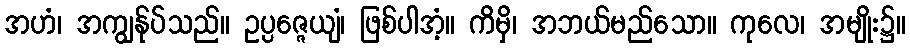
အဟံ၊ အကျွန်ုပ်သည်။ ဥပ္ပဇ္ဇေယျံ၊ ဖြစ်ပါအံ့။ ကိမှိ၊ အဘယ်မည်သော။ ကုလေ၊ အမျိုး၌။